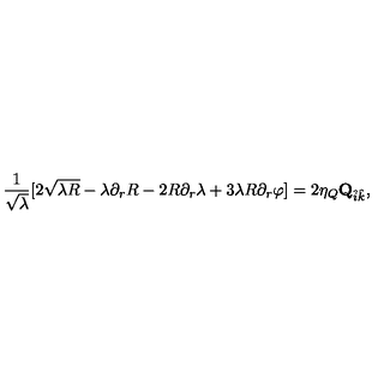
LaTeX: { \frac { 1 } { \sqrt { \lambda } } } [ 2 \sqrt { \lambda R } - \lambda \partial _ { r } R - 2 R \partial _ { r } \lambda + 3 \lambda R \partial _ { r } \varphi ] = 2 \eta _ { Q } { \bf Q } _ { \hat { i } \hat { k } } ,